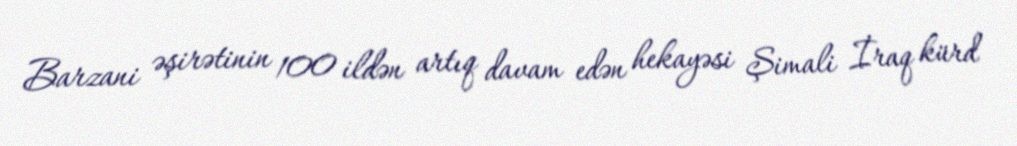
Barzani əşirətinin 100 ildən artıq davam edən hekayəsi Şimali İraq kürd